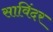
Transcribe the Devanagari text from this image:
साविंदर